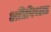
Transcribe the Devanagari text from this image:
अतिरिक्तत